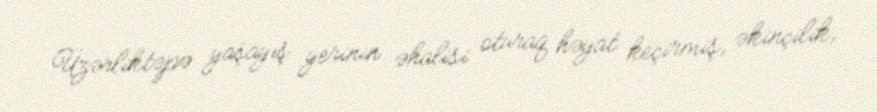
Üzərliktəpə yaşayış yerinin əhalisi oturaq həyat keçirmiş, əkinçilik,